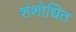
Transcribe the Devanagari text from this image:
शंशोधित